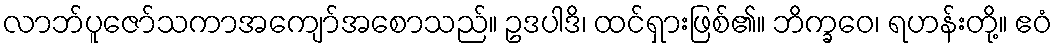
လာဘ်ပူဇော်သကာအကျော်အစောသည်။ ဥဒပါဒိ၊ ထင်ရှားဖြစ်၏။ ဘိက္ခဝေ၊ ရဟန်းတို့။ ဧဝံ